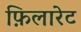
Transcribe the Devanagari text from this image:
फ़िलारेट